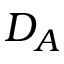
D _ { A }